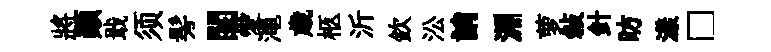
將顛戢须髣閨愛澠歳柩沂欽㳂誚淵萝敍針昉漾□